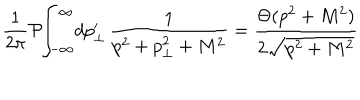
\frac { 1 } { 2 \pi } \mathcal { P } \! \! \int _ { - \infty } ^ { \infty } \! d p _ { \perp } ^ { \prime } \, \frac { 1 } { p ^ { 2 } + p _ { \perp } ^ { 2 } + M ^ { 2 } } = \frac { \Theta ( p ^ { 2 } + M ^ { 2 } ) } { 2 \sqrt { p ^ { 2 } + M ^ { 2 } } }